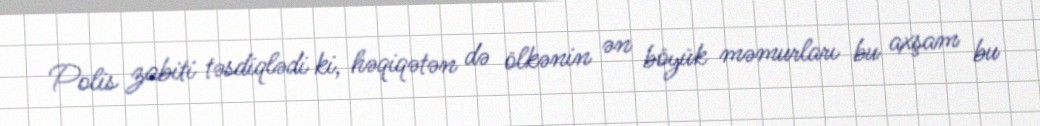
Polis zabiti təsdiqlədi ki, həqiqətən də ölkənin ən böyük məmurları bu axşam bu